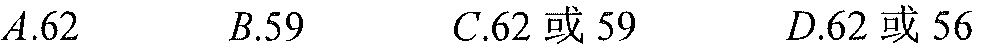
\(A.62\)  \(B.59\)  \(C.62或59\)  \(D.62或56\)